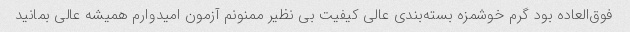
فوق‌العاده بود گرم خوشمزه بسته‌بندی عالی کیفیت بی نظیر ممنونم آزمون امیدوارم همیشه عالی بمانید